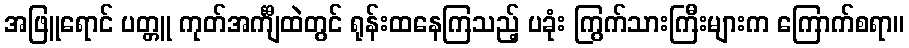
အဖြူရောင် ပတ္တူ ကုတ်အင်္ကျီထဲတွင် ရုန်းထနေကြသည့် ပခုံး ကြွက်သားကြီးများက ကြောက်စရာ။